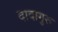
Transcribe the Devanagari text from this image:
दादागुरू